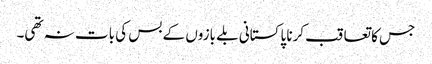
جس کا تعاقب کرنا پاکستانی بلے بازوں کے بس کی بات نہ تھی۔